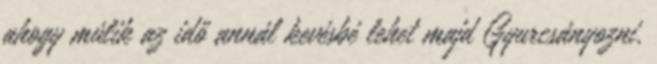
ahogy múlik az idő annál kevésbé lehet majd Gyurcsányozni.